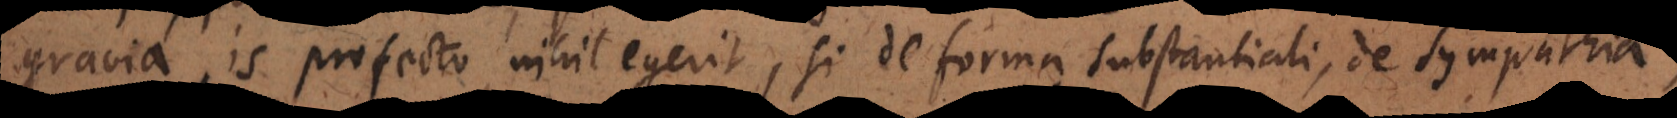
gravia, is profecto nihil egerit, si de forma substantiali, a